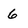
Character: 6